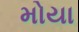
મોયા